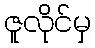
ဇူလိုင်မှ